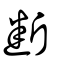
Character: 斷